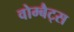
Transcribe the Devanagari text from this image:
वोम्बैट्स